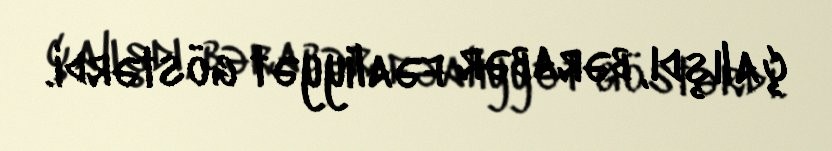
çalışdı, bərabər fəaliyyət göstərdi.